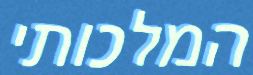
המלכותי